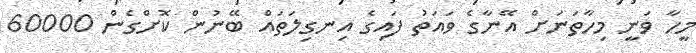
މީހާ ވަނީ މިހާތަނަށް އޭނާގެ ވައަތު ފައިގެ އިނގިލަތައް ބޭނުން ކޮށްގެން 60000